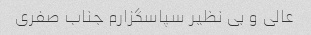
عالی و بی نظیر سپاسگزارم جناب صفری